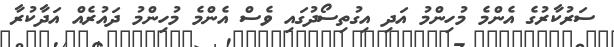
ސަރުކާރުގެ އެންމެ މުހިންމު އަދި އިގުތިސޯދުގައި ވެސް އެންމެ މުހިންމު ދައުރެއް އަދާކުރާ